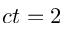
c t = 2